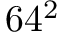
6 4 ^ { 2 }